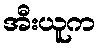
အီးယူက